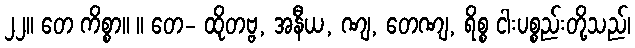
၂၂။ တေ ကိစ္စာ။ ။ တေ- ထိုတဗ္ဗ, အနီယ, ဏျ, တေဏျ, ရိစ္စ ငါးပစ္စည်းတို့သည်၊